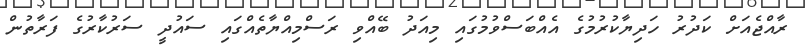
ރާއްޖެއަށް ކަދުރު ހަދިޔާކުރުމުގެ އެއްބަސްވުމުގައި މިއަދު ބޭއްވި ރަސްމިއްޔާތެއްގައި ސައުދީ ސަރުކާރުގެ ފަރާތުން